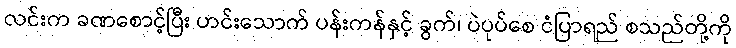
လင်းက ခဏစောင့်ပြီး ဟင်းသောက် ပန်းကန်နှင့် ခွက်၊ ပဲပုပ်စေ ငံပြာရည် စသည်တို့ကို